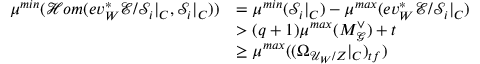
\begin{array} { r l } { \mu ^ { m i n } ( \mathcal { H } o m ( e v _ { W } ^ { * } \mathcal { E } / \mathcal { S } _ { i } | _ { C } , \mathcal S _ { i } | _ { C } ) ) } & { = \mu ^ { m i n } ( \mathcal { S } _ { i } | _ { C } ) - \mu ^ { m a x } ( e v _ { W } ^ { * } \mathcal { E } / \mathcal { S } _ { i } | _ { C } ) } \\ & { > ( q + 1 ) \mu ^ { m a x } ( M _ { \mathcal { G } } ^ { \vee } ) + t } \\ & { \geq \mu ^ { m a x } ( ( \Omega _ { \mathcal { U } _ { W } / Z } | _ { C } ) _ { t f } ) } \end{array}